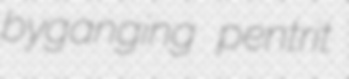
byganging pentrit